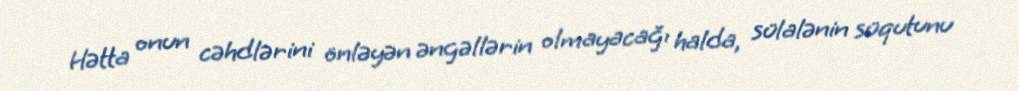
Hətta onun cəhdlərini önləyən əngəllərin olmayacağı halda, sülalənin süqutunu